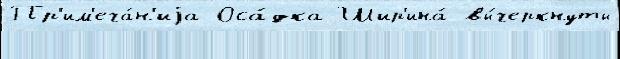
Пр'им'еча́н'иjа Оса́дка Шир'ина́ вы́черкнуты